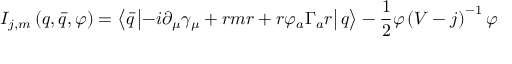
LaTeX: I _ { j , m } \left( q , \bar { q } , \varphi \right) = \left\langle \bar { q } \left| - i \partial _ { \mu } \gamma _ { \mu } + r m r + r \varphi _ { a } \Gamma _ { a } r \right| q \right\rangle - \frac 1 2 \varphi \left( V - j \right) ^ { - 1 } \varphi